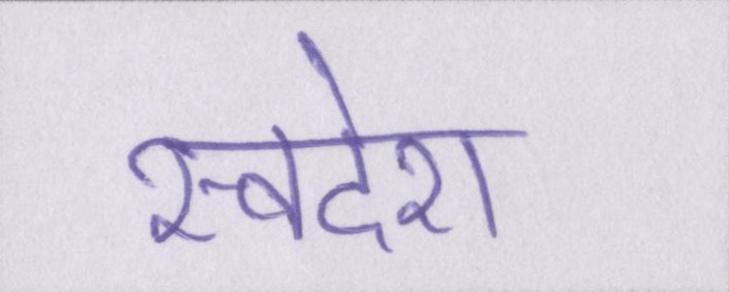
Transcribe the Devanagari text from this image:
स्वदेश